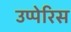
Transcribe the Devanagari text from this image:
उप्पेरिस